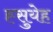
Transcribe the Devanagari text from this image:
ह्सुयेह